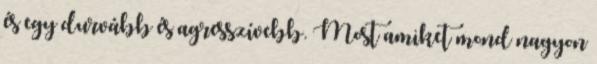
és egy durvább és agresszívebb. Most amiket mond nagyon